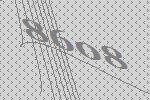
8608